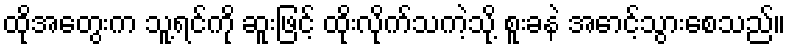
ထိုအတွေးက သူ့ရင်ကို ဆူးဖြင့် ထိုးလိုက်သကဲ့သို့ စူးခနဲ အောင့်သွားစေသည်။